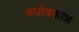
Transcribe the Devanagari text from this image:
अर्धावकाश